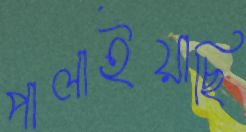
পালাইয়াছি